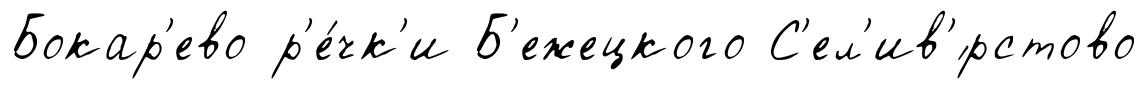
Бокар'ево р'е́чк'и Б'ежецкого С'ел'ив'́рстово